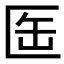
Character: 𠤸